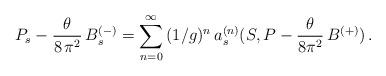
LaTeX: \begin{align*}P_s - \frac{\theta}{8\, \pi^2}\, B^{(-)}_s =\sum_{n = 0}^{\infty}\,(1/g)^n\,a^{(n)}_s(S, P - \frac{\theta}{8 \pi^2} \, B^{(+)})\,.\end{align*}